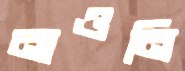
নাওনি